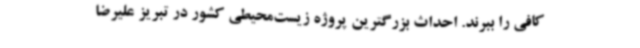
کافی را ببرند. احداث بزرگترین پروژه زیست‌محیطی کشور در تبریز علیرضا